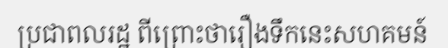
ប្រជាពលរដ្ឋ ពីព្រោះថារឿងទឹកនេះសហគមន៍